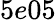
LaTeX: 5e05